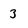
Character: 3